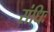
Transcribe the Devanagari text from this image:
संधिः